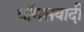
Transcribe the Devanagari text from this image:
थॉमसवादी